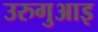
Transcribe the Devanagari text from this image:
उरुगुआइ